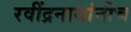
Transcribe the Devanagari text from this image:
रवींद्रनाथांनीच